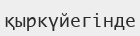
қыркүйегінде